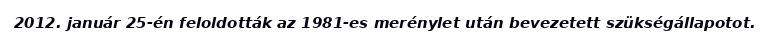
2012. január 25-én feloldották az 1981-es merénylet után bevezetett szükségállapotot.